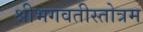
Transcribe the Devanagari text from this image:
श्रीभगवतीस्तोत्रम